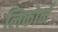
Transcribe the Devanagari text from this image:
लिकोर्न